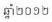
ឆ្នាំ២០១២